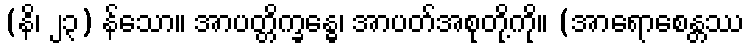
(နိ၊ ၂၃) န်သော။ အာပတ္တိက္ခန္ဓေ၊ အာပတ်အစုတို့ကို။ (အာရောစေန္တဿ